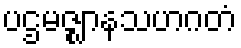
ပဌမဇ္ဈာနသဟဂတံ